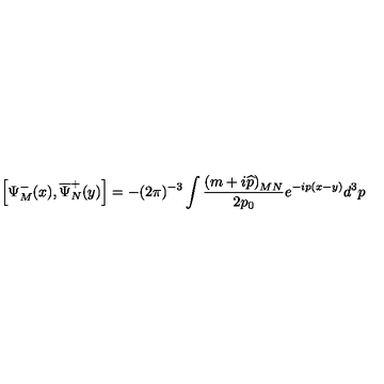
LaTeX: \left[ \Psi _ { M } ^ { - } ( x ) , \overline { { \Psi } } _ { N } ^ { + } ( y ) \right] = - ( 2 \pi ) ^ { - 3 } \int \frac { \left( m + i \widehat { p } \right) _ { M N } } { 2 p _ { 0 } } e ^ { - i p ( x - y ) } d ^ { 3 } p